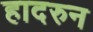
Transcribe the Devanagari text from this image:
हादरुन